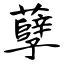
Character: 孽